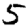
Digit: 5